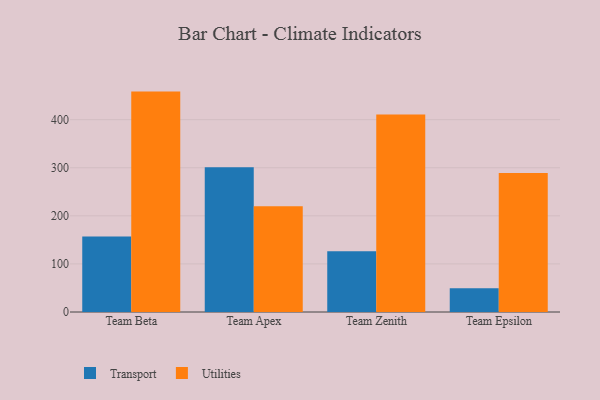
{"axis": {"x": "Team", "y": "Backlog"}, "legend": ["Transport", "Utilities"], "data": [{"x": "Team Beta", "y": 156.8, "type": "Transport"}, {"x": "Team Beta", "y": 458.4, "type": "Utilities"}, {"x": "Team Apex", "y": 300.9, "type": "Transport"}, {"x": "Team Apex", "y": 220.0, "type": "Utilities"}, {"x": "Team Zenith", "y": 126.4, "type": "Transport"}, {"x": "Team Zenith", "y": 410.9, "type": "Utilities"}, {"x": "Team Epsilon", "y": 49.3, "type": "Transport"}, {"x": "Team Epsilon", "y": 289.0, "type": "Utilities"}]}